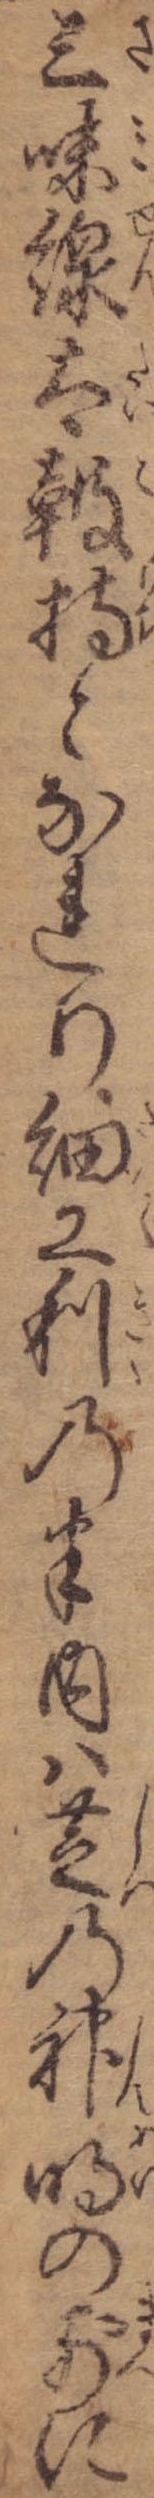
三味線太鼓持となれり細工利の半内は芝の神明の前に